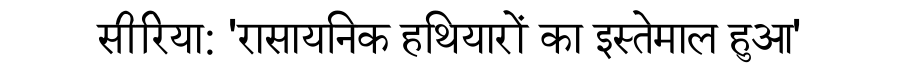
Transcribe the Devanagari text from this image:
सीरिया: 'रासायनिक हथियारों का इस्तेमाल हुआ'